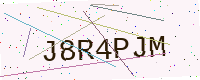
Text: J8R4PJM